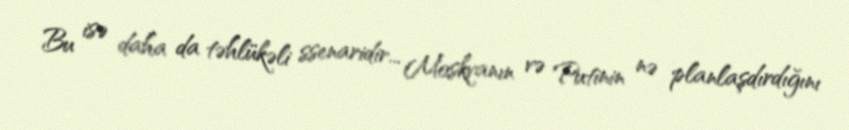
Bu isə daha da təhlükəli ssenaridir... Moskvanın və Putinin nə planlaşdırdığını